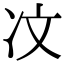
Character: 𪞙